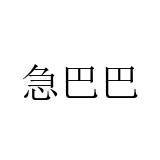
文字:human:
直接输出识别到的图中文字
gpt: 急巴巴